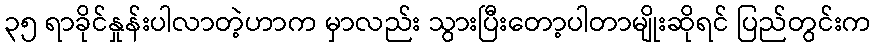
၃၅ ရာခိုင်နှုန်းပါလာတဲ့ဟာက မှာလည်း သွားပြီးတော့ပါတာမျိုးဆိုရင် ပြည်တွင်းက